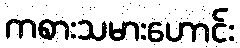
ကစားသမားဟောင်း